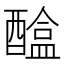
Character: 𨢴